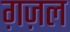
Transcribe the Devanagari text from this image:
ग़ज़्‍ाल